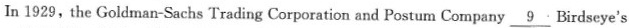
In 1929, the Goldman-Sachs Trading Corporation and Postum Company \underline{9} Birdseye's